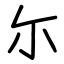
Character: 尓